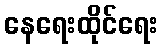
နေရေးထိုင်ရေး